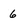
Character: 6